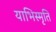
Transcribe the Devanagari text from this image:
याभिस्मृति